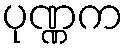
ပုဏ္ဏက